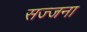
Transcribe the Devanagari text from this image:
सज्जना